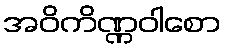
အဝိကိဏ္ဏဝါစော